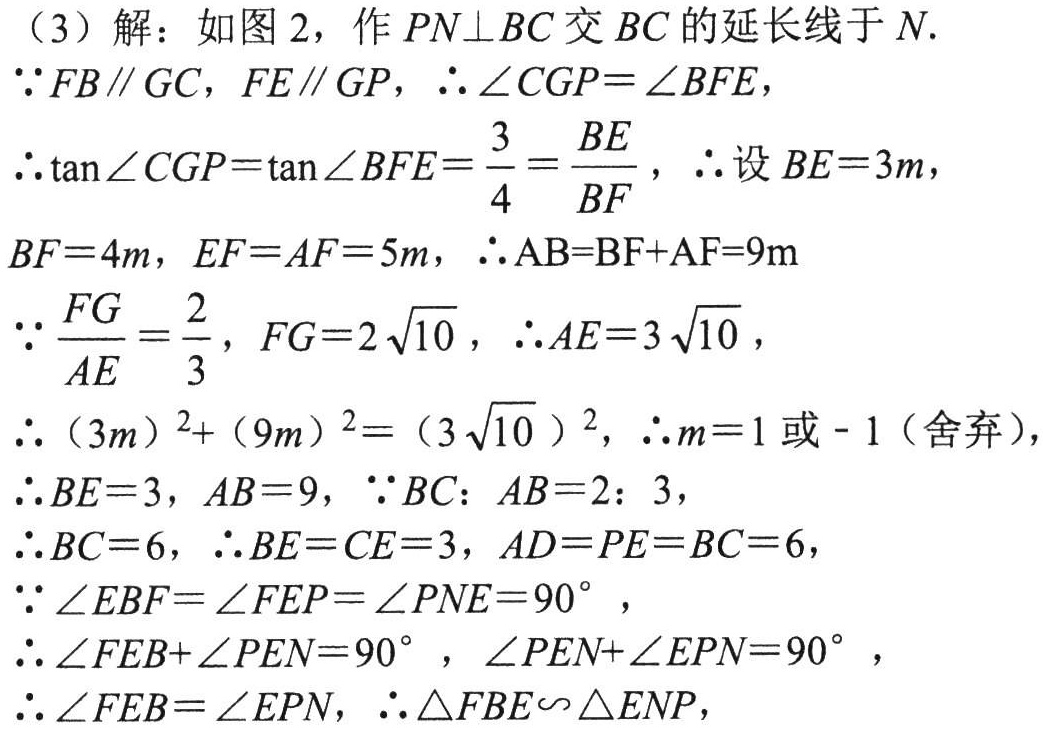
（3）解：如图 2，作 \(PN\perp BC\) 交 \(BC\) 的延长线于 \(N\).

\(\because FB\parallel GC\)，\(FE\parallel GP\)，\(\therefore \angle CGP = \angle BFE\)，

\(\therefore \tan\angle CGP=\tan\angle BFE=\frac{3}{4}=\frac{BE}{BF}\)，\(\therefore\) 设 \(BE = 3m\)，

\(BF = 4m\)，\(EF = AF = 5m\)，\(\therefore AB=BF + AF = 9m\)

\(\because \frac{FG}{AE}=\frac{2}{3}\)，\(FG = 2\sqrt{10}\)，\(\therefore AE = 3\sqrt{10}\)，

\(\therefore (3m)^{2}+(9m)^{2}=(3\sqrt{10})^{2}\)，\(\therefore m = 1\) 或 \(-1\)（舍弃），

\(\therefore BE = 3\)，\(AB = 9\)，\(\because BC:AB = 2:3\)，

\(\therefore BC = 6\)，\(\therefore BE = CE = 3\)，\(AD = PE = BC = 6\)，

\(\because \angle EBF=\angle FEP=\angle PNE = 90^{\circ}\)，

\(\therefore \angle FEB+\angle PEN = 90^{\circ}\)，\(\angle PEN+\angle EPN = 90^{\circ}\)，

\(\therefore \angle FEB=\angle EPN\)，\(\therefore \triangle FBE\sim\triangle ENP\)，